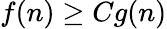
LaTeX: f(n)\ge Cg(n)